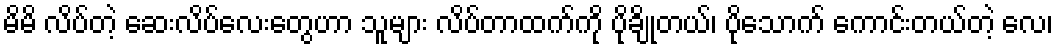
မိမိ လိပ်တဲ့ ဆေးလိပ်လေးတွေဟာ သူများ လိပ်တာထက်ကို ပိုချိုတယ်၊ ပိုသောက် ကောင်းတယ်တဲ့ လေ၊